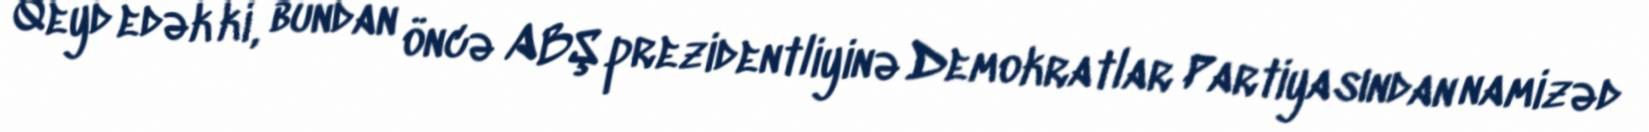
Qeyd edək ki, bundan öncə ABŞ prezidentliyinə Demokratlar Partiyasından namizəd